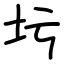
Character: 圬